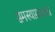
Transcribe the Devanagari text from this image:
समस्याग्रस्तता